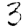
Digit: 3